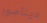
ديناصور